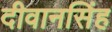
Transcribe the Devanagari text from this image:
दीवानसिंह